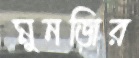
মুনজির